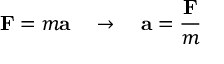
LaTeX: \mathbf { F } = m \mathbf { a } \quad \to \quad \mathbf { a } = { \frac { \mathbf { F } } { m } }